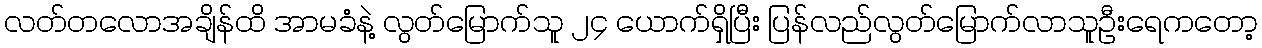
လတ်တလောအချိန်ထိ အာမခံနဲ့ လွတ်မြောက်သူ ၂၄ ယောက်ရှိပြီး ပြန်လည်လွတ်မြောက်လာသူဦးရေကတော့